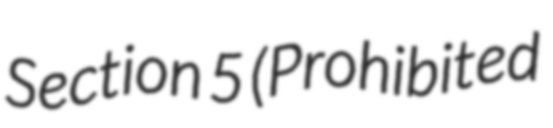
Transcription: Section 5 (Prohibited